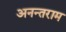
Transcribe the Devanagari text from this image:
अनन्तराम